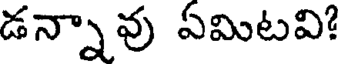
డన్నావు ఏమిటవి?